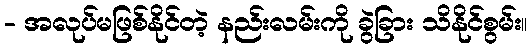
- အလုပ်မဖြစ်နိုင်တဲ့ နည်းလမ်းကို ခွဲခြား သိနိုင်စွမ်း။